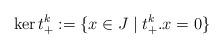
LaTeX: \begin{align*} \ker t_+^k:=\{x\in J\mid t_+^k.x=0\}\end{align*}